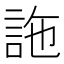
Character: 𧦧